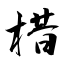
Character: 棤